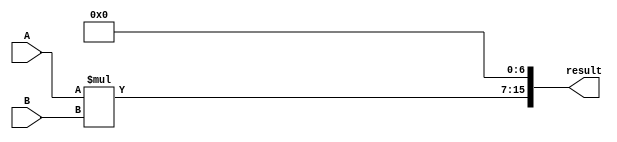
module carry_save_multiplier (
    input wire [7:0] A,
    input wire [7:0] B,
    output wire [15:0] result
);

reg [15:0] product [7:0];

assign product[0] = {8'b0, A} * B;

genvar i;
generate
    for (i = 1; i < 8; i = i + 1) begin
        assign product[i] = product[i-1] << 1;
    end
endgenerate

assign result = product[7];

endmodule